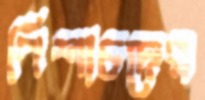
পিশাচদের